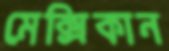
মেক্সিকান